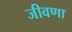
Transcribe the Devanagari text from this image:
जीवणा